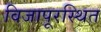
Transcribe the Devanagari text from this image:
विजापूरस्थित